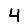
Digit: 4